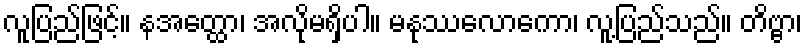
လူပြည်ဖြင့်။ နအတ္ထော၊ အလိုမရှိပါ။ မနုဿလောကော၊ လူ့ပြည်သည်။ တိဗ္ဗာ၊